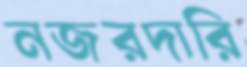
নজরদারি